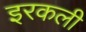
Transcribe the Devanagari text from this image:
इरकली